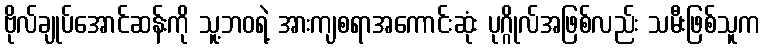
ဗိုလ်ချုပ်အောင်ဆန်းကို သူ့ဘဝရဲ့ အားကျစရာအကောင်းဆုံး ပုဂ္ဂိုလ်အဖြစ်လည်း သမီးဖြစ်သူက